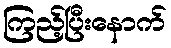
ကြည့်ပြီးနောက်